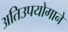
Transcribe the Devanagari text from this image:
अतिउपयोगाने